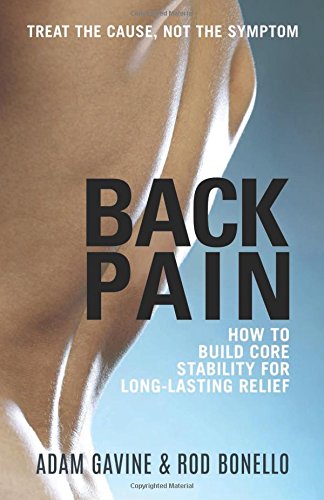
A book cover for Back Pain: How to Build Core Stability for Long-Lasting Relief; Adam Gavine; Health, Fitness & Dieting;